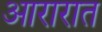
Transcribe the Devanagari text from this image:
आरारात